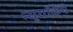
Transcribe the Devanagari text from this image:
न्यूयॉर्कचे